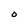
Character: 0